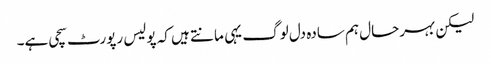
لیکن بہرحال ہم سادہ دل لوگ یہی مانتے ہیں کہ پولیس رپورٹ سچی ہے۔